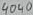
Text: 4040